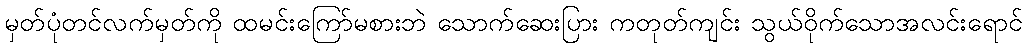
မှတ်ပုံတင်လက်မှတ်ကို ထမင်းကြော်မစားဘဲ သောက်ဆေးပြား ကတုတ်ကျင်း သွယ်ဝိုက်သောအလင်းရောင်